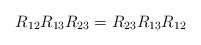
\begin{align*}R_{12}R_{13}R_{23} = R_{23}R_{13}R_{12} \end{align*}